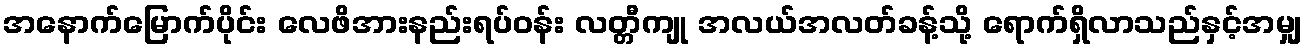
အနောက်မြောက်ပိုင်း လေဖိအားနည်းရပ်ဝန်း လတ္တီကျု အလယ်အလတ်ခန့်သို့ ရောက်ရှိလာသည်နှင့်အမျှ